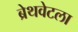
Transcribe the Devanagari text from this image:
ब्रेथवेटला